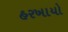
હરખાયો